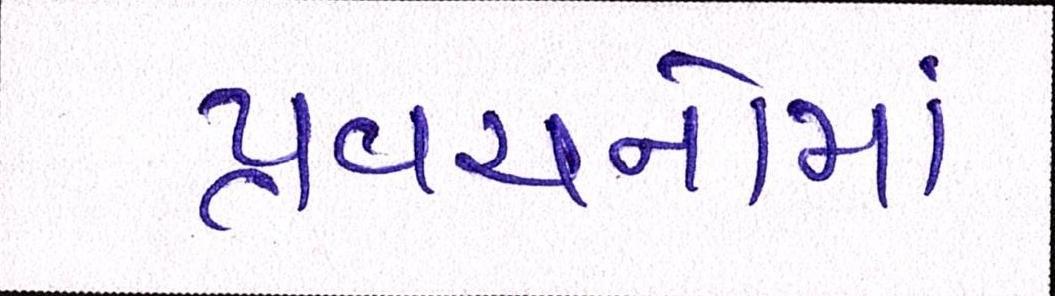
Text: પ્રવચનોમાં